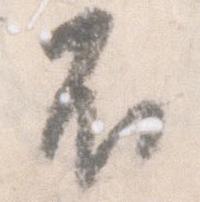
不